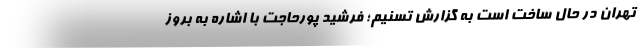
تهران در حال ساخت است به گزارش تسنیم؛ فرشید پورحاجت با اشاره به بروز